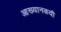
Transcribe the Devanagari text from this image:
आख्यानकवी